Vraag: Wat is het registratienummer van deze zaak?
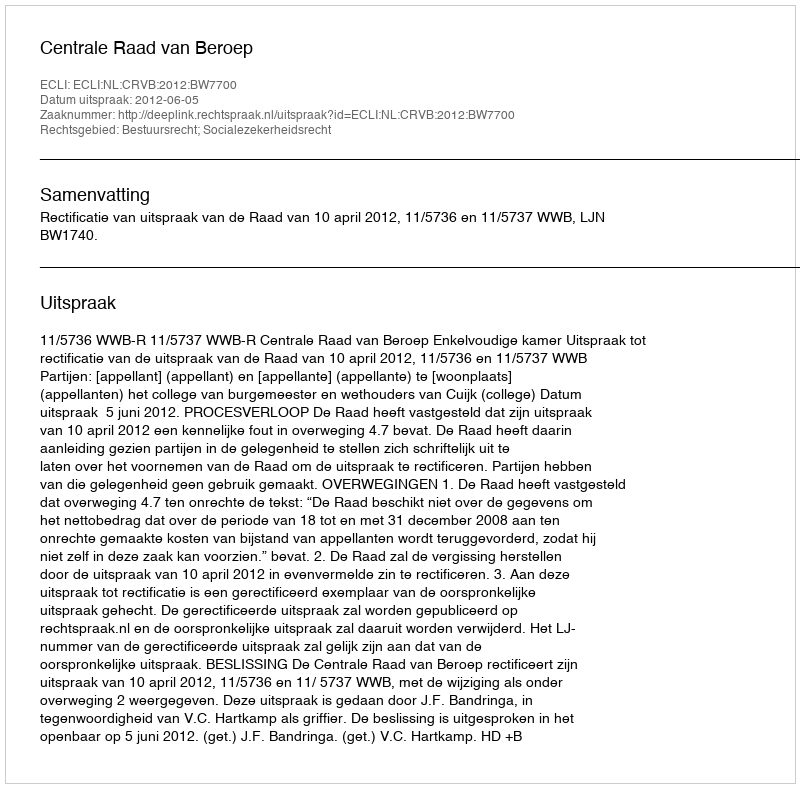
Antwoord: http://deeplink.rechtspraak.nl/uitspraak?id=ECLI:NL:CRVB:2012:BW7700